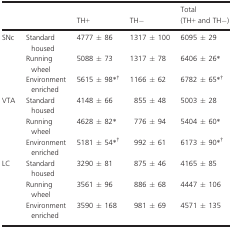
|  |  | TH+ | TH− | Total (TH+ and TH−) |
 | --- | --- | --- | --- | --- |
 | SNc | Standard housed | 4777 ± 86 | 1317 ± 100 | 6095 ± 29 |
 |  | Running wheel | 5088 ± 73 | 1317 ± 78 | 6406 ± 26* |
 |  | Environment enriched | 5615 ± 98*† | 1166 ± 62 | 6782 ± 65*† |
 | VTA | Standard housed | 4148 ± 66 | 855 ± 48 | 5003 ± 28 |
 |  | Running wheel | 4628 ± 82* | 776 ± 94 | 5404 ± 60* |
 |  | Environment enriched | 5181 ± 54*† | 992 ± 61 | 6173 ± 90*† |
 | LC | Standard housed | 3290 ± 81 | 875 ± 46 | 4165 ± 85 |
 |  | Running wheel | 3561 ± 96 | 886 ± 68 | 4447 ± 106 |
 |  | Environment enriched | 3590 ± 168 | 981 ± 69 | 4571 ± 135 |